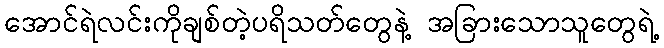
အောင်ရဲလင်းကိုချစ်တဲ့ပရိသတ်တွေနဲ့ အခြားသောသူတွေရဲ့